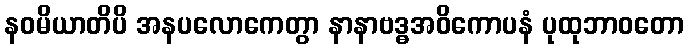
နဝမိယာတိပိ အနပလောကေတွာ နာနာဗဒ္ဓအဝိကောပနံ ပုထုဘာဝတော